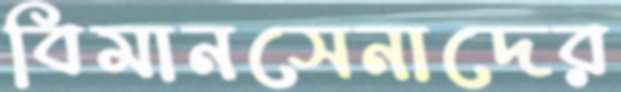
বিমানসেনাদের